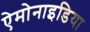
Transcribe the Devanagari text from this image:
ऐमोनाइडिया